Annual administration and progress report of the Indian Medical Department, Bombay
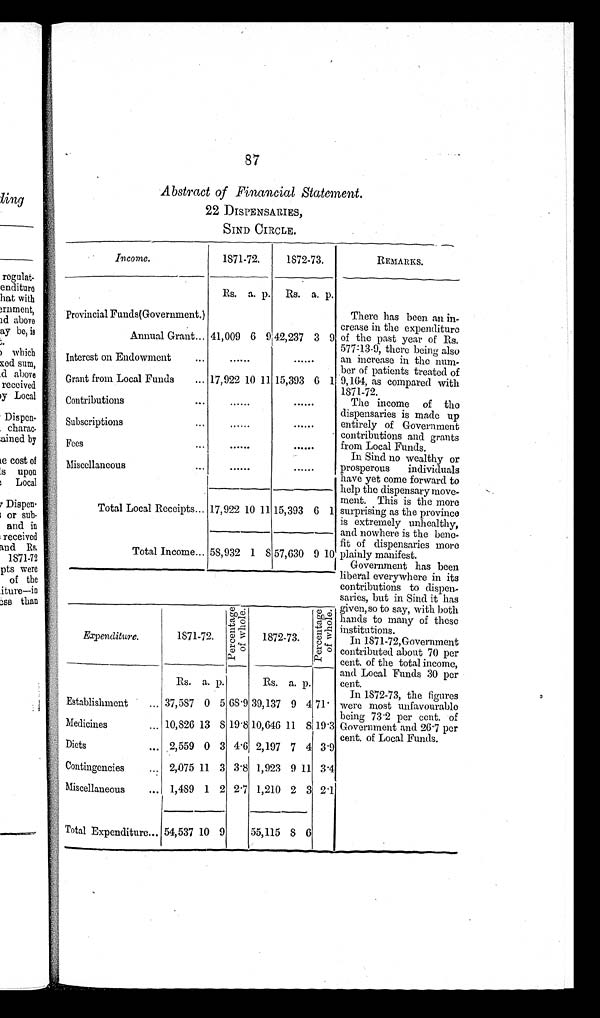
8 7
Abstract of Financial Statement.
22 DISPENSARIES,
SIND CIRCLE.
Income.
1871-72.
1872-73.
REMARKS.
Rs. a. p. Rs. a. p.
There has been an in
crease in the expenditure
of the past year of Rs.
577-13-9, there being also
an increase in the num
ber of patients treated of
9,164, as compared with
1871-72.
The income of the
dispensaries is made up
entirely of Government
contributions and grants
from Local Funds.
In Sind no wealthy or
prosperous individuals
have yet come forward to
help the dispensary move
ment. This is the more
surprising as the province
is extremely unhealthy,
and nowhere is the bene
fit of dispensaries more
plainly manifest.
Government has been
liberal everywhere in its
contributions to dispen
saries, but in Sind it has
given, so to say, with both
hands to many of these
institutions.
I n 1 8 7 1 - 7 2 , G o v e r n m e n t c o n t r i b u t e d a b o u t 7 0 p e r
cent. of the total income,
and Local Funds 30 per
cent.
In 1872-73, the figures
were most unfavourable
being 73.2 per cent. of
Government and 26.7 per
cent. of Local Funds.
Provincial Funds(Government.)
Annual Grant... 41,009 6 9
4 2 , 2 3 7 3 9
Interest on Endowment
...
. . . . . .
. . . . . .
Grant from Local Funds ... 17,922 10 11 15,393 6 1
Contributions
...
. . . . . .
. . . . . .
Subscriptions ...
. . . . . .
. . . . . .
Fees
...
. . . . . .
. . . . . .
Miscellaneous
...
. . . . . .
......
Total Local Receipts... 17,922 10 11 15,393 6 1
Total Income... 58,932 1 8 57,630 9 10
Expenditure.
1871-72.
P e r c e n t a g e o f w h o l e .
1872-73.
P e r c e n t a g e o f w h o l e
Rs. a. p.
Rs. a. p.
Establishment ... 37,587 0 5 68.9 39,137 9 4 71.
Medicines
... 10,826 13 8 19.8 10,646 11 8 1 9 . 3
Diets
... 2,559 0 3 4.6 2,197 7 4 3.9
Contingencies
... 2,075 11 3 3.8 1,923 9 11 3.4
Miscellaneous
... 1,489 1 2 2.7 1,210 2 3 2.1
Total Expenditure... 54,537 10 9
55,115
8 6